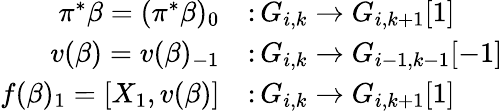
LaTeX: \begin{array}{rl}{\pi^{\ast}\beta=(\pi^{\ast}\beta)_{0}}&{\colon G_{i,k}\to G_{i,k+1}\lbrack 1\rbrack}\\ {v(\beta)=v(\beta)_{-1}}&{\colon G_{i,k}\to G_{i-1,k-1}\lbrack-1\rbrack}\\ {f(\beta)_{1}=[X_{1},v(\beta)]}&{\colon G_{i,k}\to G_{i,k+1}\lbrack 1\rbrack}\end{array}